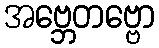
အဗ္ဘေတဗ္ဗော